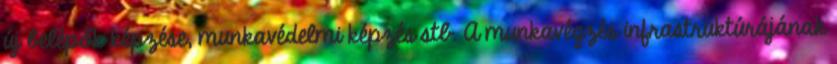
új belépők képzése, munkavédelmi képzés stb. A munkavégzés infrastruktúrájának